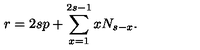
r = 2 s p + \sum _ { x = 1 } ^ { 2 s - 1 } x N _ { s - x } .